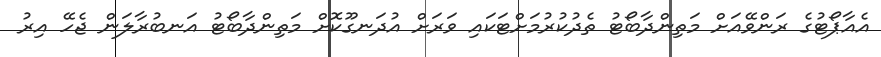
އެއާޕޯޓުގެ ރަންވޭއަށް މަތިންދާބޯޓު ތެދުކުރުމަށްޓަކައި ވަރަށް އުދަނގޫކޮށް މަތިންދާބޯޓު އަނބުރާލަން ޖެހޭ އިރު